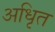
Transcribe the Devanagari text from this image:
अधिृत